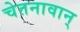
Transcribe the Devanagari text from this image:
चेतनावान्‌